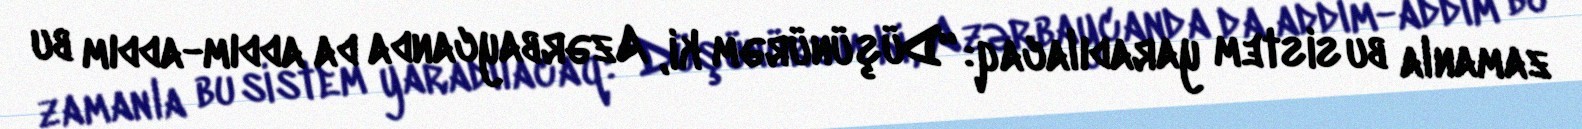
zamanla bu sistem yaradılacaq: “Düşünürəm ki, Azərbaycanda da addım-addım bu